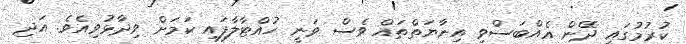
ކުރުމުގައި ދޭން އެއްބަސްވި އިނާޔަތްތައް ވެސް ވަނީ ހުއްޓާލާފައި ކަމަށް ވިދާޅުވިއެވެ. އަދި